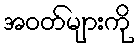
အဝတ်များကို